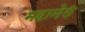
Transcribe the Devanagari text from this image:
महामेरुं